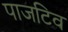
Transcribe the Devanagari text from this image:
पाजटिव